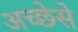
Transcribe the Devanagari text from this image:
अच्छेसे